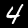
Digit: 4